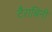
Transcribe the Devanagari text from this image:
टैराबिनी